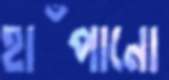
হাঁপানো